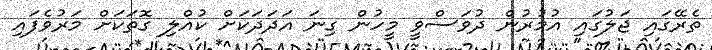
ތެރޭގައި ޖަލުގައި އުމުރުން ދުވަސްވީ މީހުން ގިނަ އަދަދަކަށް ކުއްލި ގޮތަކަށް މަރުވެފައި